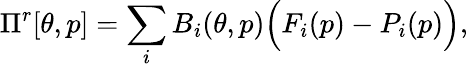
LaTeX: \Pi^{r}[\theta,p]=\sum_{i}B_{i}(\theta,p)\Big(F_{i}(p)-P_{i}(p)\Big),